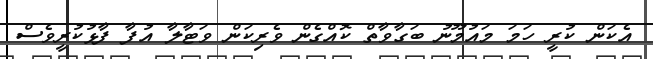
އެކަން ކުރީ ހަމަ މައުމޫނު ބަގާވާތް ކޮއްގެން ވެރިކަން ވަޓާލާ އުފާ ފާޅުކުރީވެސް